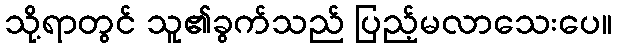
သို့ရာတွင် သူ၏ခွက်သည် ပြည့်မလာသေးပေ။